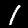
Label: 1